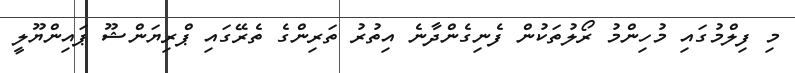
މި ފިލްމުގައި މުހިންމު ރޯލުތަކުން ފެނިގެންދާނެ އިތުރު ތަރިންގެ ތެރޭގައި ޕްރިޔަންޝޫ ޕައިންޔޫލީ